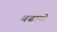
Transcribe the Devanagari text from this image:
बढायो